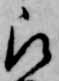
被